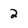
Character: 2